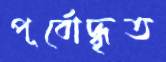
পূর্বোদ্ধৃত